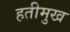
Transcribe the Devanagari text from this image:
हतीमुख